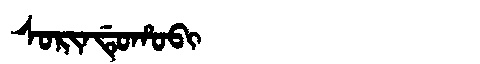
Manchu: ᠰᠣᡵᡳᠨᡩᡠᡥᠣᠪᡳ
Romanization: SORINDUHOBI